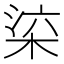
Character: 𣒕